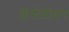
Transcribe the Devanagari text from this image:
हिंगोलीकर